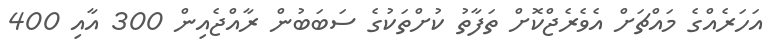
އަހަރެއްގެ މައްޗަށް އެވެރެޖްކޮށް ތަފާތު ކުށްތަކުގެ ސަބަބުން ރާއްޖެއިން 300 އާއި 400